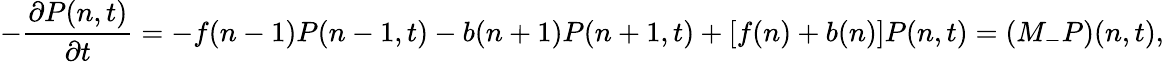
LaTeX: -\frac{\partial P(n,t)}{\partial t}=-f(n-1)P(n-1,t)-b(n+1)P(n+1,t)+[f(n)+b(n)]P(n,t)=(M_{-}P)(n,t),